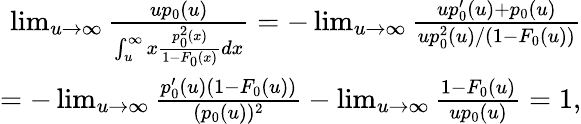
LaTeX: \begin{array}{r}{\operatorname*{lim}_{u\to\infty}\frac{up_{0}(u)}{\int_{u}^{\infty}x\frac{p_{0}^{2}(x)}{1-F_{0}(x)}dx}=-\operatorname*{lim}_{u\rightarrow\infty}\frac{up_{0}^{\prime}(u)+p_{0}(u)}{up_{0}^{2}(u)/(1-F_{0}(u))}}\\ {=-\operatorname*{lim}_{u\rightarrow\infty}\frac{p_{0}^{\prime}(u)(1-F_{0}(u))}{(p_{0}(u))^{2}}-\operatorname*{lim}_{u\rightarrow\infty}\frac{1-F_{0}(u)}{up_{0}(u)}=1,}\end{array}